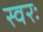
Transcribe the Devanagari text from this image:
स्वरः